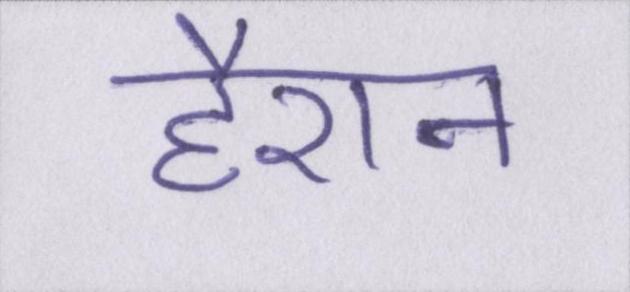
हैरान